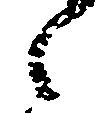
之